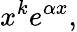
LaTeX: x^{k}e^{\alpha x},